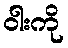
ဝါးကို